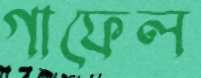
গাফেল